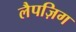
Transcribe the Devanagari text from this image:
लैपज़िग